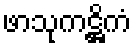
ဖာသုကဋ္ဌိကံ